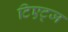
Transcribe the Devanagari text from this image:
टिएट्ज